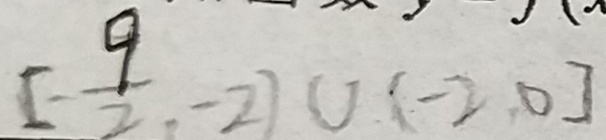
[ - \frac { 9 } { 2 } , - 2 ) \cup ( - 2 , 0 ]